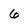
Character: 6